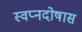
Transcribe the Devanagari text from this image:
स्वप्नदोषास